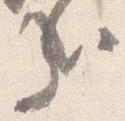
哉